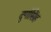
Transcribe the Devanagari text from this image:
दुर्गासिंह